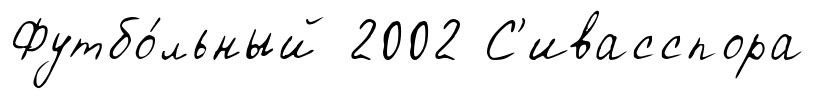
Футбо́льный 2002 С'ивасспора